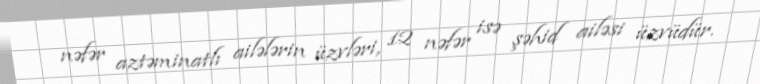
nəfər aztəminatlı ailələrin üzvləri, 12 nəfər isə şəhid ailəsi üzvüdür.